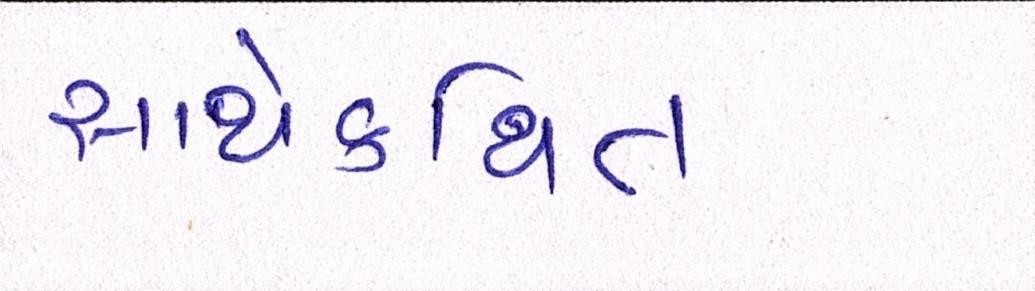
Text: સાથેકથિત